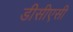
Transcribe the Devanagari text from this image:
डीसीएसी